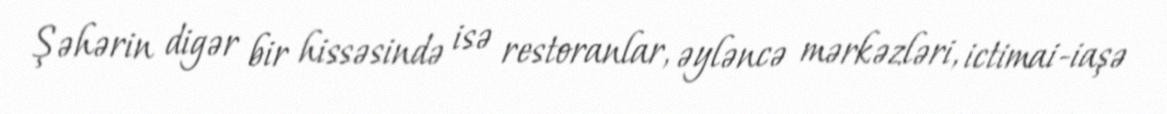
Şəhərin digər bir hissəsində isə restoranlar, əyləncə mərkəzləri, ictimai-iaşə